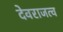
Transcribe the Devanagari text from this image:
देवराजत्व